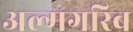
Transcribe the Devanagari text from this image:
अल्मगरिब